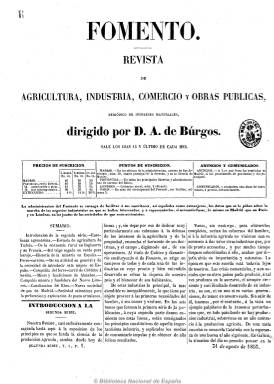
Título: Fomento (Madrid. 1853)
Colección: Economía || Agricultura y ganadería || Industria
Ámbito geográfico: Madrid
Lugar de publicación: Madrid
Fechas: 31/08/1853-16/07/1855

Es continuación de Revista mensual de agricultura (1853), que el escritor y periodista especializado en esta materia Augusto de Burgos (1813-) había fundado en 1850 y sufrido su título y cabecera algunas variaciones, pues incluso había tenido el título alternativo Cultivo y ganadería. Con el nuevo título Fomento y el subtítulo “revista de agricultura, industria, comercio y obras públicas”, pero manteniendo también el de “periódico de intereses materiales”, en su cuarto año de edición y con ya una colección de seis tomos, inicia la segunda serie, reiniciando a la vez la secuencia de sus entregas, así como la foliación de sus páginas. Estas también empiezan ahora a componerse a tres columnas, y asimismo la revista aumenta su periodicidad, siendo ahora quincenal, apareciendo los días quince y último de cada mes, a la vez que reduce el número de páginas por entrega hasta las dieciséis, cuya foliación será continuada. Otra novedad de la publicación será insertar al principio de cada entrega el sumario del contenido. En cuanto a grabados, incluye algunos mapas. Su impresor será Pedro Montero.

Respecto a sus contenidos redaccionales, Augusto de Burgos, sin dejar de tratar los asuntos agrarios y ganaderos, ensancha el horizonte hacia otros, como son los de la industria y el comercio, los transportes, las obras públicas, la economía política y la Administración, las empresas, corporaciones y otras compañías, incluidas las internacionales, y en la presentación de esta segunda serie se mostrará consciente del estado de atraso industrial del país. En el inicio de su quinto año en publicación (número de 15 de enero de 1854), De Burgos volverá a hablar de su periódico como “apóstol del progreso intelectual y órgano al mismo tiempo de los intereses materiales del país”, para lo que cuenta –dice- con “celosos y entendidos corresponsales, así en España como en el extranjero, y con el apoyo de las simpatías y el concurso de las luces de todos los labradores, los industriales y los comerciantes de España”. Calificará también su labor como de cooperación para la “regeneración” de la agricultura, el “perfeccionamiento” de la industria” y el “desarrollo” del comercio en España.

Durante la Vicalvarada, que dará fin a la Década Moderada (1844-1854) y el comienzo del Bienio Progresista (1854-1856), se produce otro nuevo cambio en la edición de la revista de Augusto de Burgos. Por un lado, reinicia con el número 1 la entrega del 15 de julio de 1854, así como la renumeración de su foliación, pero la del 31 de julio, vuelve a retomar la secuencia anterior y su foliación. Por otro lado, cuando publica el número 24 (23 agosto de 1854) inserta un artículo bajo el epígrafe “Del nuevo estado de cosas”, en el que ofrece su opinión sobre la nueva Revolución, no apareciendo de nuevo la revista hasta el seis de noviembre. Y cuando lo hace ya no aparecerá la indicación del nombre de su director en la cabecera del periódico y, aunque manteniendo la secuencia y la foliación continua, su frecuencia de aparición será a partir de ahora semanal, reduciendo las páginas de sus entregas, quedando establecidas, generalmente, en ocho.

También en el número de siete de enero de 1855, inserta un artículo en su primera página bajo el epígrafe “Advertencia”, en el que da cuenta de haber ingresado 40.000 reales en el Banco de San Fernando para que la publicación fuera considerada oficialmente como “periódico político”, y obtener por este medio “la competente autorización para dar un poco más de vuelo a nuestras ideas y algún desahogo más a nuestro ardiente deseo de ocuparnos, en interés del país, en el examen de ciertas cuestiones económicas y administrativas imprudentemente iniciadas por la revolución”, al mismo tiempo que Augusto de Burgos publica también artículos de carácter político en el periódico El faro nacional (1851-1865), de Francisco Pareja de Alarcón.

El último número de la colección de este título de la Biblioteca Nacional de España corresponde al 16 de julio de 1855. Se desconoce si aparecieron algunos más, pero en el mismo algunos de sus textos por entregas expresan al final que “continuarán”, y no aparece ninguna indicación que apunte a su suspensión.